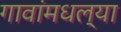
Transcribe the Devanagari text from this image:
गावांमधल्या